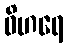
ဝိဟရေ